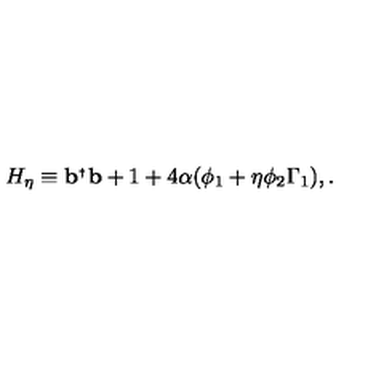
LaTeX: H _ { \eta } \equiv { \bf b } ^ { _ { \dagger } } { \bf b } + 1 + 4 \alpha ( \phi _ { 1 } + \eta \phi _ { 2 } \Gamma _ { 1 } ) , .